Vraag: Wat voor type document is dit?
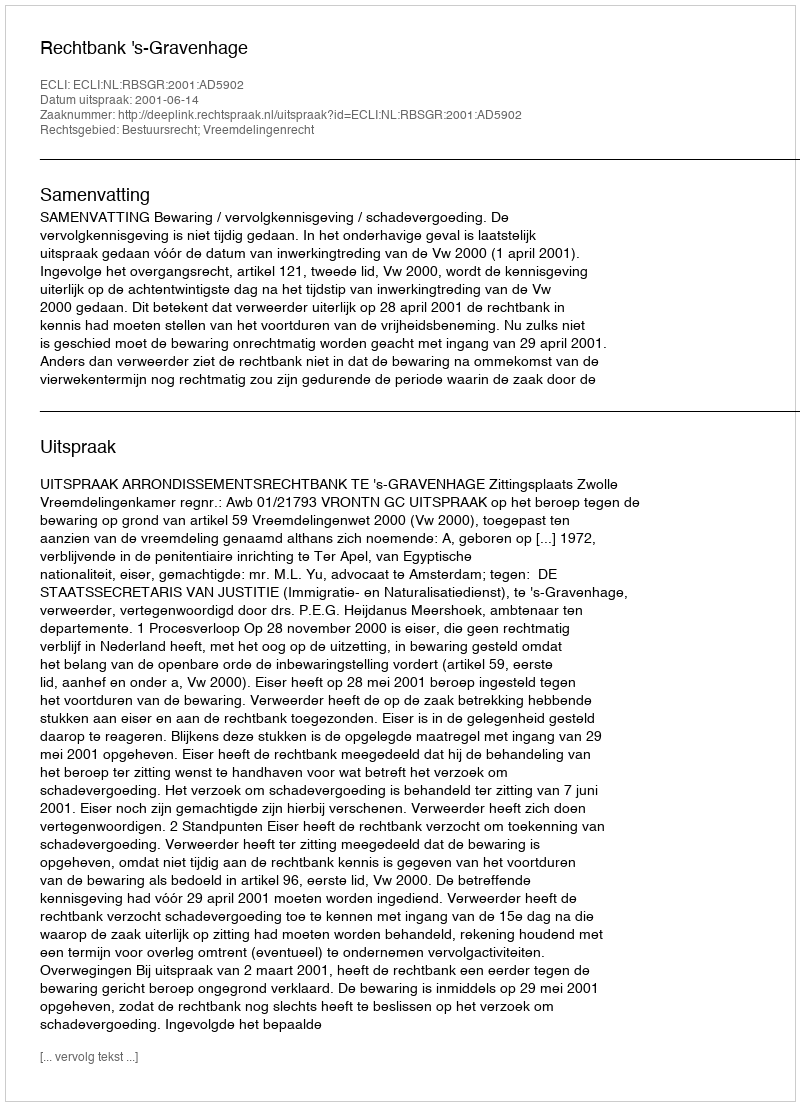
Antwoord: Uitspraak